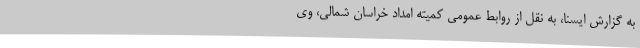
به گزارش ایسنا، به نقل از روابط عمومی کمیته امداد خراسان شمالی، وی